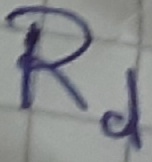
Text: Rd